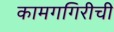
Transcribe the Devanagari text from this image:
कामगगिरीची